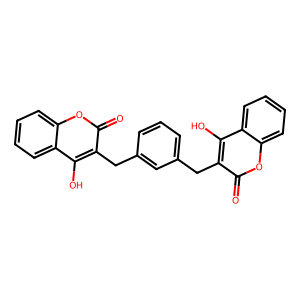
SMILES: O=c1oc2ccccc2c(O)c1Cc1cccc(Cc2c(O)c3ccccc3oc2=O)c1
Inhibits HIV replication: Yes